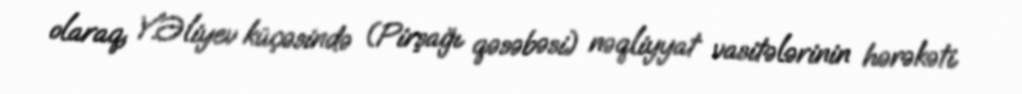
olaraq, Y.Əliyev küçəsində (Pirşağı qəsəbəsi) nəqliyyat vasitələrinin hərəkəti